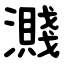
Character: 濺